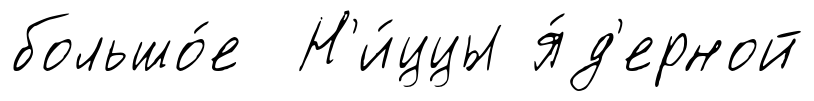
большо́е Н'и́ццы я́д'ерной